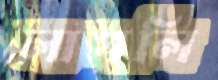
লাগলি